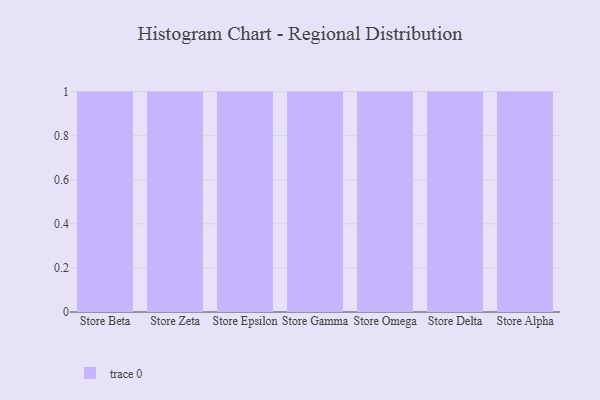
{"axis": {"x": "Store", "y": "Page Views"}, "legend": [""], "data": [{"x": "Store Beta", "y": 18, "type": ""}, {"x": "Store Zeta", "y": 27, "type": ""}, {"x": "Store Epsilon", "y": 95, "type": ""}, {"x": "Store Gamma", "y": 57, "type": ""}, {"x": "Store Omega", "y": 13, "type": ""}, {"x": "Store Delta", "y": 49, "type": ""}, {"x": "Store Alpha", "y": 70, "type": ""}]}